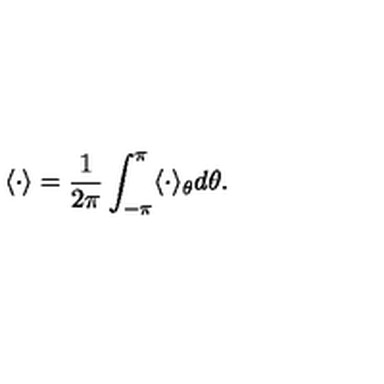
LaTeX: \langle \cdot \rangle = \frac { 1 } { 2 \pi } \int _ { - \pi } ^ { \pi } \langle \cdot \rangle _ { \theta } d \theta .